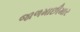
જાળમાછીમાર